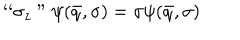
` ` \sigma _ { z } " \psi ( \bar { q } , \sigma ) = \sigma \psi ( \bar { q } , \sigma )